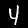
Label: 4